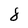
Character: 8